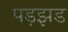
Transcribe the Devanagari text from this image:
पड़झड